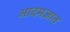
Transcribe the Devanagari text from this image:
आदमज़ात